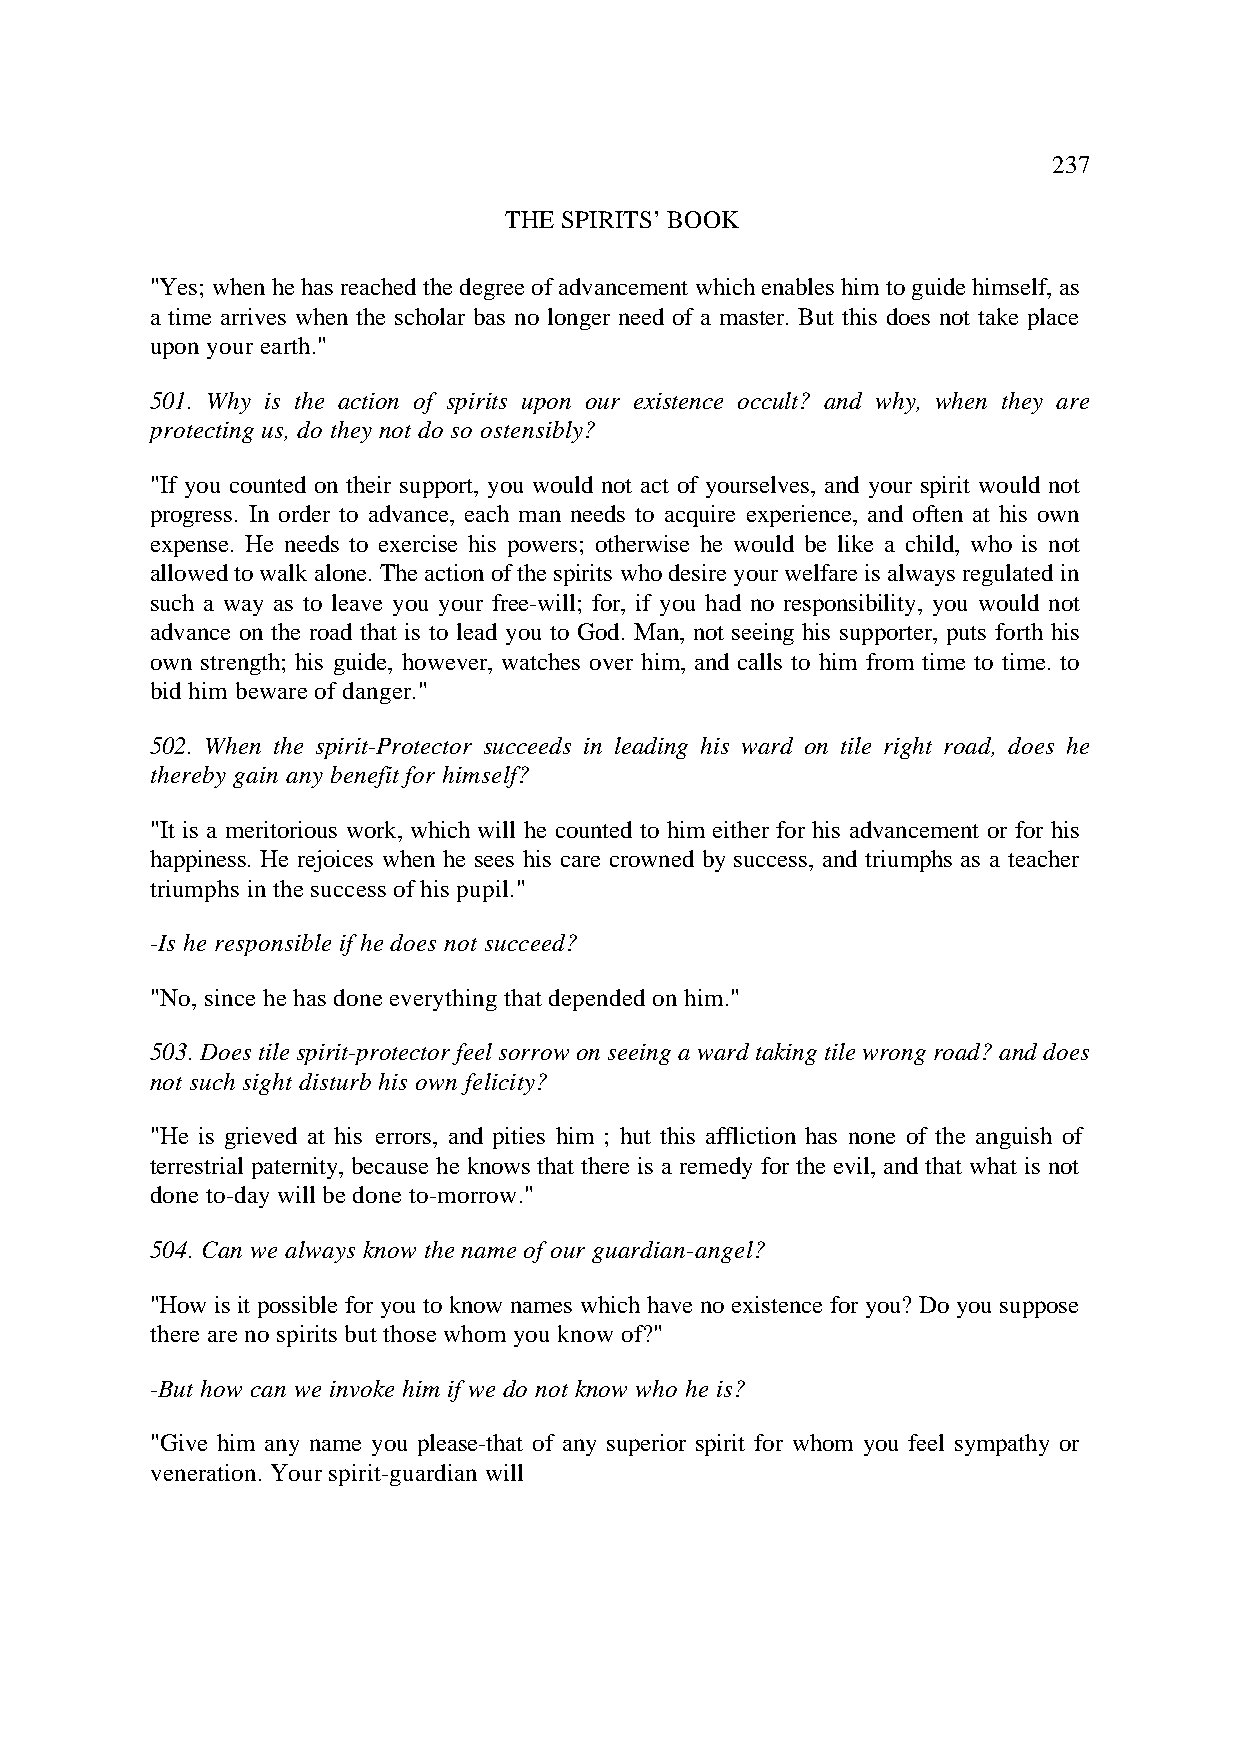
237
 THE SPIRITS’ BOOK
 "Yes; when he has reached the degree of advancement which enables him to guide himself, as
 a time arrives when the scholar bas no longer need of a master. But this does not take place
 upon your earth."
 501. Why is the action of spirits upon our existence occult? and why, when they are
 protecting us, do they not do so ostensibly?
 "If you counted on their support, you would not act of yourselves, and your spirit would not
 progress. In order to advance, each man needs to acquire experience, and often at his own
 expense. He needs to exercise his powers; otherwise he would be like a child, who is not
 allowed to walk alone. The action of the spirits who desire your welfare is always regulated in
 such a way as to leave you your free-will; for, if you had no responsibility, you would not
 advance on the road that is to lead you to God. Man, not seeing his supporter, puts forth his
 own strength; his guide, however, watches over him, and calls to him from time to time. to
 bid him beware of danger."
 502. When the spirit-Protector succeeds in leading his ward on tile right road, does he
 thereby gain any benefit for himself?
 "It is a meritorious work, which will he counted to him either for his advancement or for his
 happiness. He rejoices when he sees his care crowned by success, and triumphs as a teacher
 triumphs in the success of his pupil."
 -Is he responsible if he does not succeed?
 "No, since he has done everything that depended on him."
 503. Does tile spirit-protector feel sorrow on seeing a ward taking tile wrong road? and does
 not such sight disturb his own felicity?
 "He is grieved at his errors, and pities him ; hut this affliction has none of the anguish of
 terrestrial paternity, because he knows that there is a remedy for the evil, and that what is not
 done to-day will be done to-morrow."
 504. Can we always know the name of our guardian-angel?
 "How is it possible for you to know names which have no existence for you? Do you suppose
 there are no spirits but those whom you know of?"
 -But how can we invoke him if we do not know who he is?
 "Give him any name you please-that of any superior spirit for whom you feel sympathy or
 veneration. Your spirit-guardian will